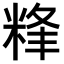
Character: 𥹾